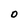
Character: O